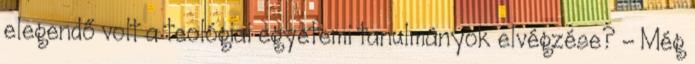
elegendő volt a teológiai egyetemi tanulmányok elvégzése? - Még